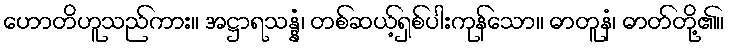
ဟောတိဟူသည်ကား။ အဋ္ဌာရသန္နံ၊ တစ်ဆယ့်ရှစ်ပါးကုန်သော။ ဓာတူနံ၊ ဓာတ်တို့၏။